Indian journal of veterinary science and animal husbandry - Volumes 24-25, 1954-1955
Year: 1954
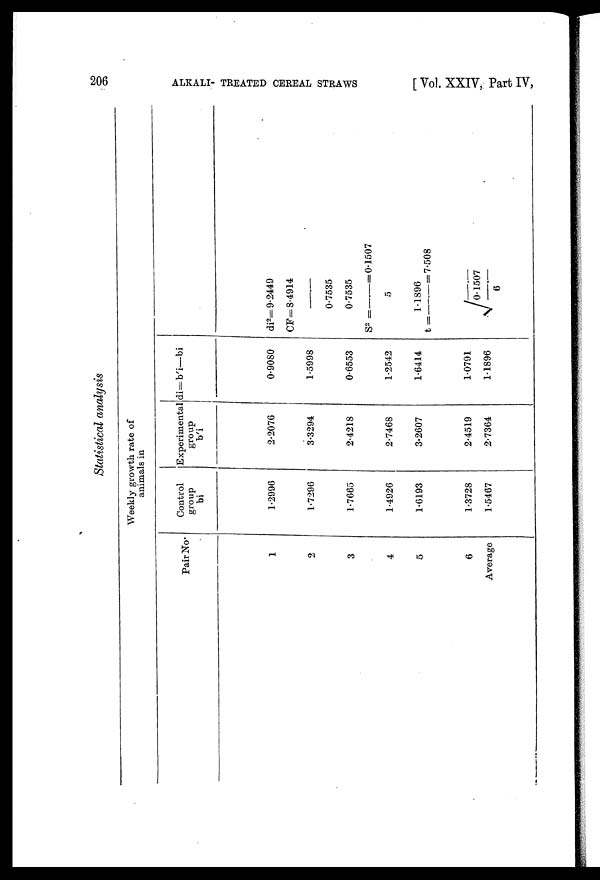
206
ALKALI TREATED CEREAL STRAWS
[ Vol. XXIV, Part IV,
Statistical analysis
Weekly growth rate of
animals in
Pair No.
1
2
3
4
5
6
Average
Control
group
bi
1.2996
1.7296
1.7665
1.4926
1.6193
1.3728
1.5467
Experimental
group
b'i
2.2076
3.3294
2.4218
2.7468
3.2607
2.4519
2.7364
di=b'i—bi
0.90S0
1.5998
0.6553
1.2542
1.6414
1.0791
1.1896
di 2 = 9.2449
CF=8.4914/0.7535
S 2 =0.7535/5=0.1507
t =1.1896/√ 0.1507/6=7.508